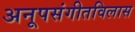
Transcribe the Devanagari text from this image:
अनूपसंगीतविलास